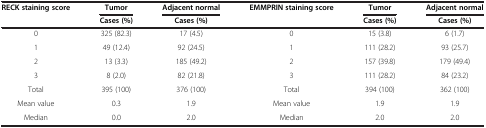
<table><thead><tr><td><b>RECK staining score</b></td><td><b>Tumor</b></td><td><b>Adjacent normal</b></td><td><b>EMMPRIN staining score</b></td><td><b>Tumor</b></td><td><b>Adjacent normal</b></td></tr><tr><td><b> </b></td><td><b>Cases (%)</b></td><td><b>Cases (%)</b></td><td><b> </b></td><td><b>Cases (%)</b></td><td><b>Cases (%)</b></td></tr></thead><tbody><tr><td>0</td><td>325 (82.3)</td><td>17 (4.5)</td><td>0</td><td>15 (3.8)</td><td>6 (1.7)</td></tr><tr><td>1</td><td>49 (12.4)</td><td>92 (24.5)</td><td>1</td><td>111 (28.2)</td><td>93 (25.7)</td></tr><tr><td>2</td><td>13 (3.3)</td><td>185 (49.2)</td><td>2</td><td>157 (39.8)</td><td>179 (49.4)</td></tr><tr><td>3</td><td>8 (2.0)</td><td>82 (21.8)</td><td>3</td><td>111 (28.2)</td><td>84 (23.2)</td></tr><tr><td>Total</td><td>395 (100)</td><td>376 (100)</td><td>Total</td><td>394 (100)</td><td>362 (100)</td></tr><tr><td>Mean value</td><td>0.3</td><td>1.9</td><td>Mean value</td><td>1.9</td><td>1.9</td></tr><tr><td>Median</td><td>0.0</td><td>2.0</td><td>Median</td><td>2.0</td><td>2.0</td></tr></tbody></table>